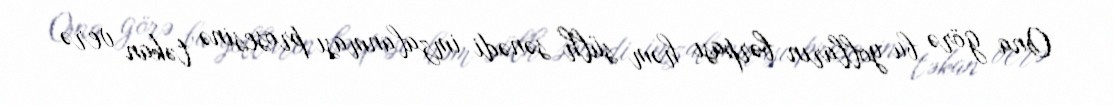
Ona görə bu yolların bərpası həm sülh sənədi imzalanması prosesinə təkan verə